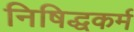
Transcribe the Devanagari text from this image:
निषिद्धकर्म